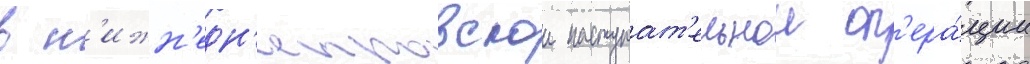
в н'ижн'едн'епровскои наступат'ельнои оп'ера́ции